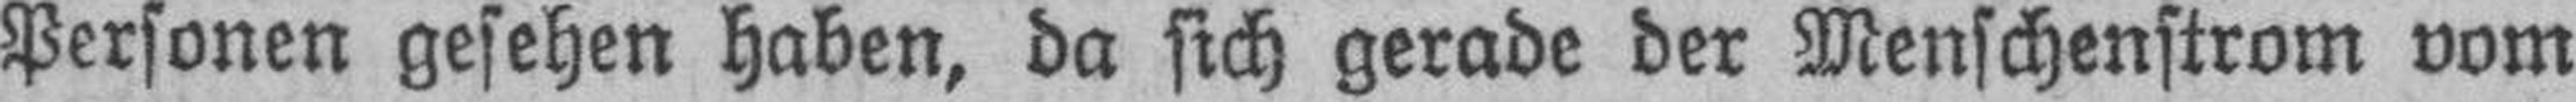
Personen gesehen haben, da sich gerade der Menschenstrom vom